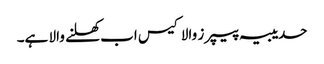
حدیبیہ پیپرز والا کیس اب کھلنے والا ہے۔